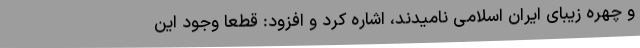
و چهره زیبای ایران اسلامی نامیدند، اشاره کرد و افزود: قطعا وجود این